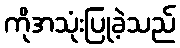
ကိုအသုံးပြုခဲ့သည်